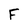
Character: F